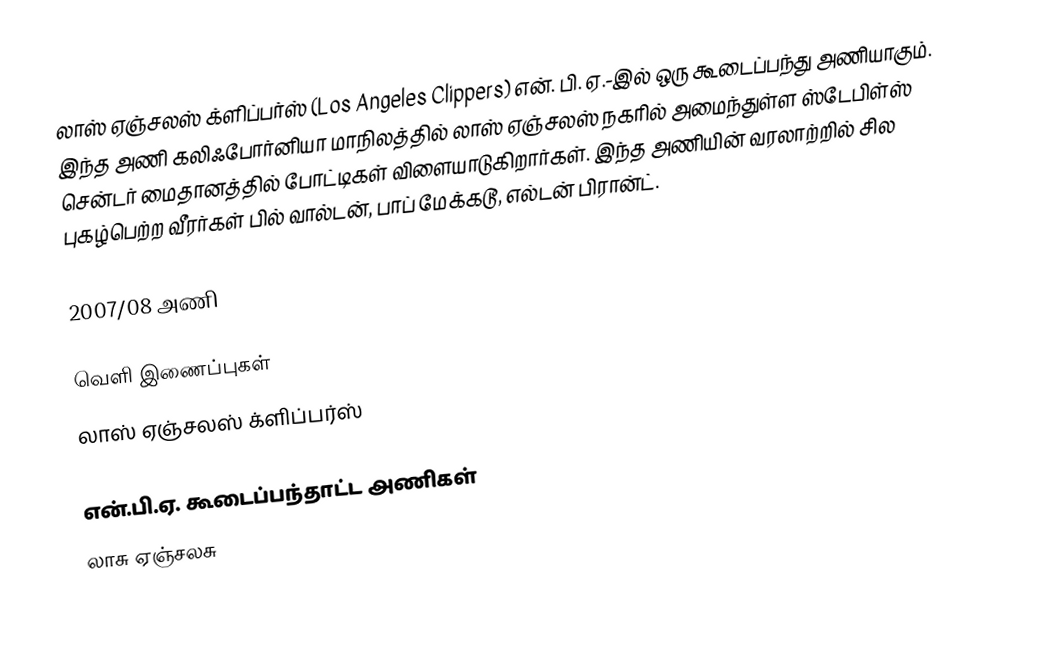
லாஸ் ஏஞ்சலஸ் க்ளிப்பர்ஸ் (Los Angeles Clippers) என். பி. ஏ.-இல் ஒரு கூடைப்பந்து அணியாகும். இந்த அணி கலிஃபோர்னியா மாநிலத்தில் லாஸ் ஏஞ்சலஸ் நகரில் அமைந்துள்ள  ஸ்டேபிள்ஸ் சென்டர் மைதானத்தில் போட்டிகள் விளையாடுகிறார்கள். இந்த அணியின் வரலாற்றில் சில புகழ்பெற்ற வீரர்கள் பில் வால்டன், பாப் மேக்கடூ, எல்டன் பிரான்ட்.

2007/08 அணி

வெளி இணைப்புகள்
 லாஸ் ஏஞ்சலஸ் க்ளிப்பர்ஸ்

என்.பி.ஏ. கூடைப்பந்தாட்ட அணிகள்
லாசு ஏஞ்சலசு